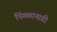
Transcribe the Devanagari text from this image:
पिंगळानाडी